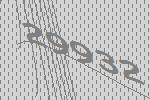
29932